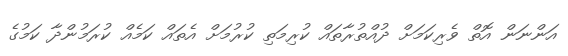
އަންނަން އޮތް ވެރިކަމަށް ދުއްތުރާތައް ކުރިމަތި ކުރުމަށް އެތައް ކަމެއް ކުރަމުންދާ ކަމުގެ